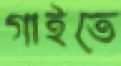
গাইতে